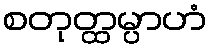
စတုတ္ထမ္ပာဟံ